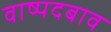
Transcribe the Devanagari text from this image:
वाष्पदबाव